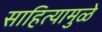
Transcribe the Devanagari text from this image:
साहित्यामुळे